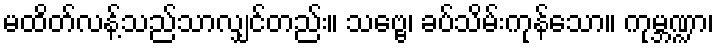
မထိတ်လန့်သည်သာလျှင်တည်း။ သဗ္ဗေ၊ ခပ်သိမ်းကုန်သော။ ကုမ္ဘဏ္ဍာ၊